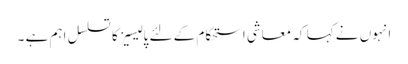
انہوں نے کہا کہ معاشی استحکام کے لئے پالیسیز کا تسلسل اہم ہے ۔